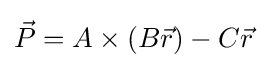
{\vec {P}}=A\times (B{\vec {r}})-C{\vec {r}}